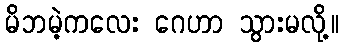
မိဘမဲ့ကလေး ဂေဟာ သွားမလို့။